Civil Veterinary Dept. Assam report 1927-50 - 1927-1950
Year: 1927
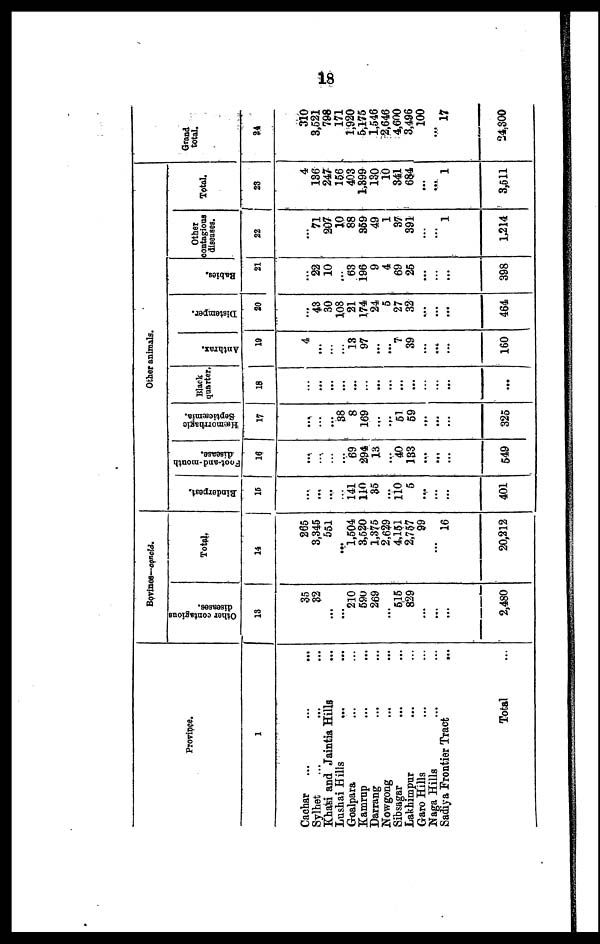
18
Province.
1
Cachar ... ... ...
Sylhet ... ... ...
Khati and Jaintia Hills ...
Lushai Hills ... ...
Goalpara ... ...
Kamrup ... ...
Darrang ... ...
Nowgong ... ...
Sibsagar ... ...
Lakhimpur ... ...
Garo Hills ... ...
Naga Hills ... ...
Sadiya Frontier Tract ...
Total ...
Bovines—concld.
Other contagions
diseases.
13
35
32
...
...
210
590
269
...
615
829
...
...
...
2,480
Total.
14
265
3,345
551
...
1,504
3,520
1,375
2,629
4,151
2,757
99
...
16
20,212
Other animals
Binderpest.
15
...
...
...
141
110
35
...
110
5
...
...
...
401
Foot-and-mouth
16
...
...
...
69
294
13
...
40
183
...
...
...
549
Hæmorrhagic
Septicæmia.
17
...
...
...
38
8
169
...
...
51
59
...
...
...
325
Blark
quarter.
18
...
...
...
...
...
...
...
...
...
...
...
...
...
...
Anthrax.
19
4
...
...
...
13
97
...
...
7
39
...
...
...
160
Distemper.
20
...
43
30
108
21
174
24
5
27
32
...
...
...
464
Rabies.
21
...
22
10
...
63
196
9
4
69
25
...
...
...
398
Other
contagious
diseases.
22
...
71
207
10
88
359
49
1
37
391
...
...
1
1,214
Total.
23
4
136
247
156
403
1,399
130
10
341
684
...
...
1
3,511
Grand
total.
24
310
3,521
798
171
1,920
5,175
1,546
2,646
4,600
3,496
100
...
17
24,300